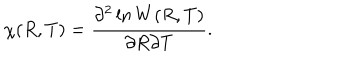
LaTeX: \chi ( R , T ) = \frac { \partial ^ { 2 } \ln W ( R , T ) } { \partial R \partial T } .